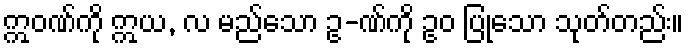
ဣဝဏ်ကို ဣယ, လ မည်သော ဥ-ဏ်ကို ဥဝ ပြုသော သုတ်တည်း။